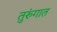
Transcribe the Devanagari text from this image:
तुरुंंगात